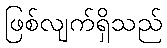
ဖြစ်လျက်ရှိသည်